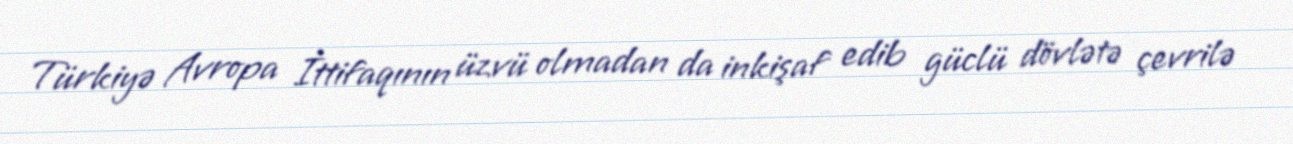
Türkiyə Avropa İttifaqının üzvü olmadan da inkişaf edib güclü dövlətə çevrilə